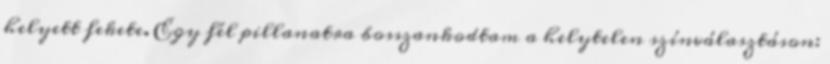
helyett fekete. Egy fél pillanatra bosszankodtam a helytelen színválasztáson: